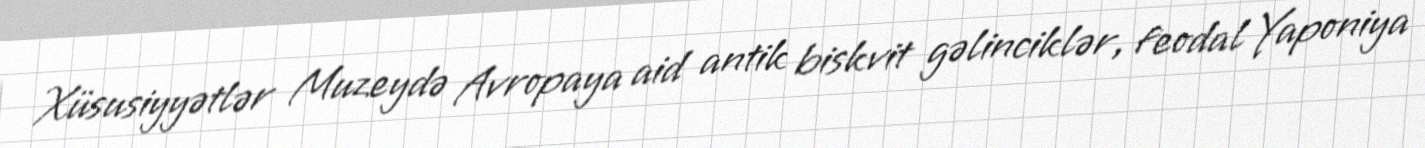
Xüsusiyyətlər Muzeydə Avropaya aid antik biskvit gəlinciklər, feodal Yaponiya